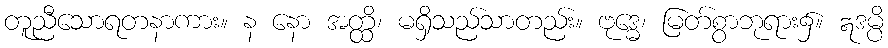
တူညီသောရတနာကား။ န နော အတ္ထိ၊ မရှိသည်သာတည်း။ ဗုဒ္ဓေ၊ မြတ်စွာဘုရား၌။ ဣဒမ္ပိ